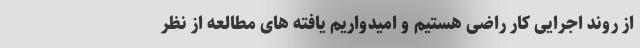
از روند اجرایی کار راضی هستیم و امیدواریم یافته های مطالعه از نظر